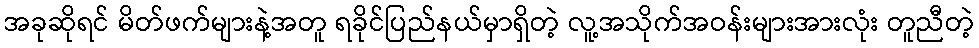
အခုဆိုရင် မိတ်ဖက်များနဲ့အတူ ရခိုင်ပြည်နယ်မှာရှိတဲ့ လူ့အသိုက်အဝန်းများအားလုံး တူညီတဲ့